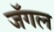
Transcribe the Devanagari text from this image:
जॅगल